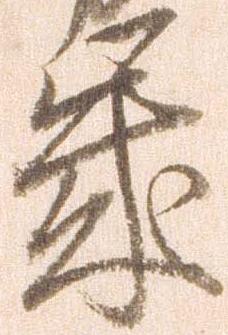
歳